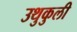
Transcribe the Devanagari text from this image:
उथुकुली